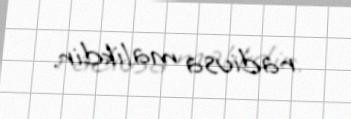
radiusa malikdir.